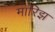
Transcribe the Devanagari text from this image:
मॉरिझ